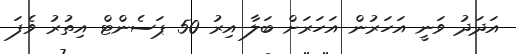
އަދަދު ވަނީ އަހަރުން އަހަރަށް ބަލާ އިރު 50 ޕަސެންޓް އިތުރު ވެފަ